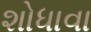
શોધાવા